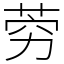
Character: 䓖